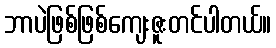
ဘာပဲဖြစ်ဖြစ်ကျေးဇူးတင်ပါတယ်။